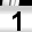
Digit: 1